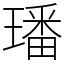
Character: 璠